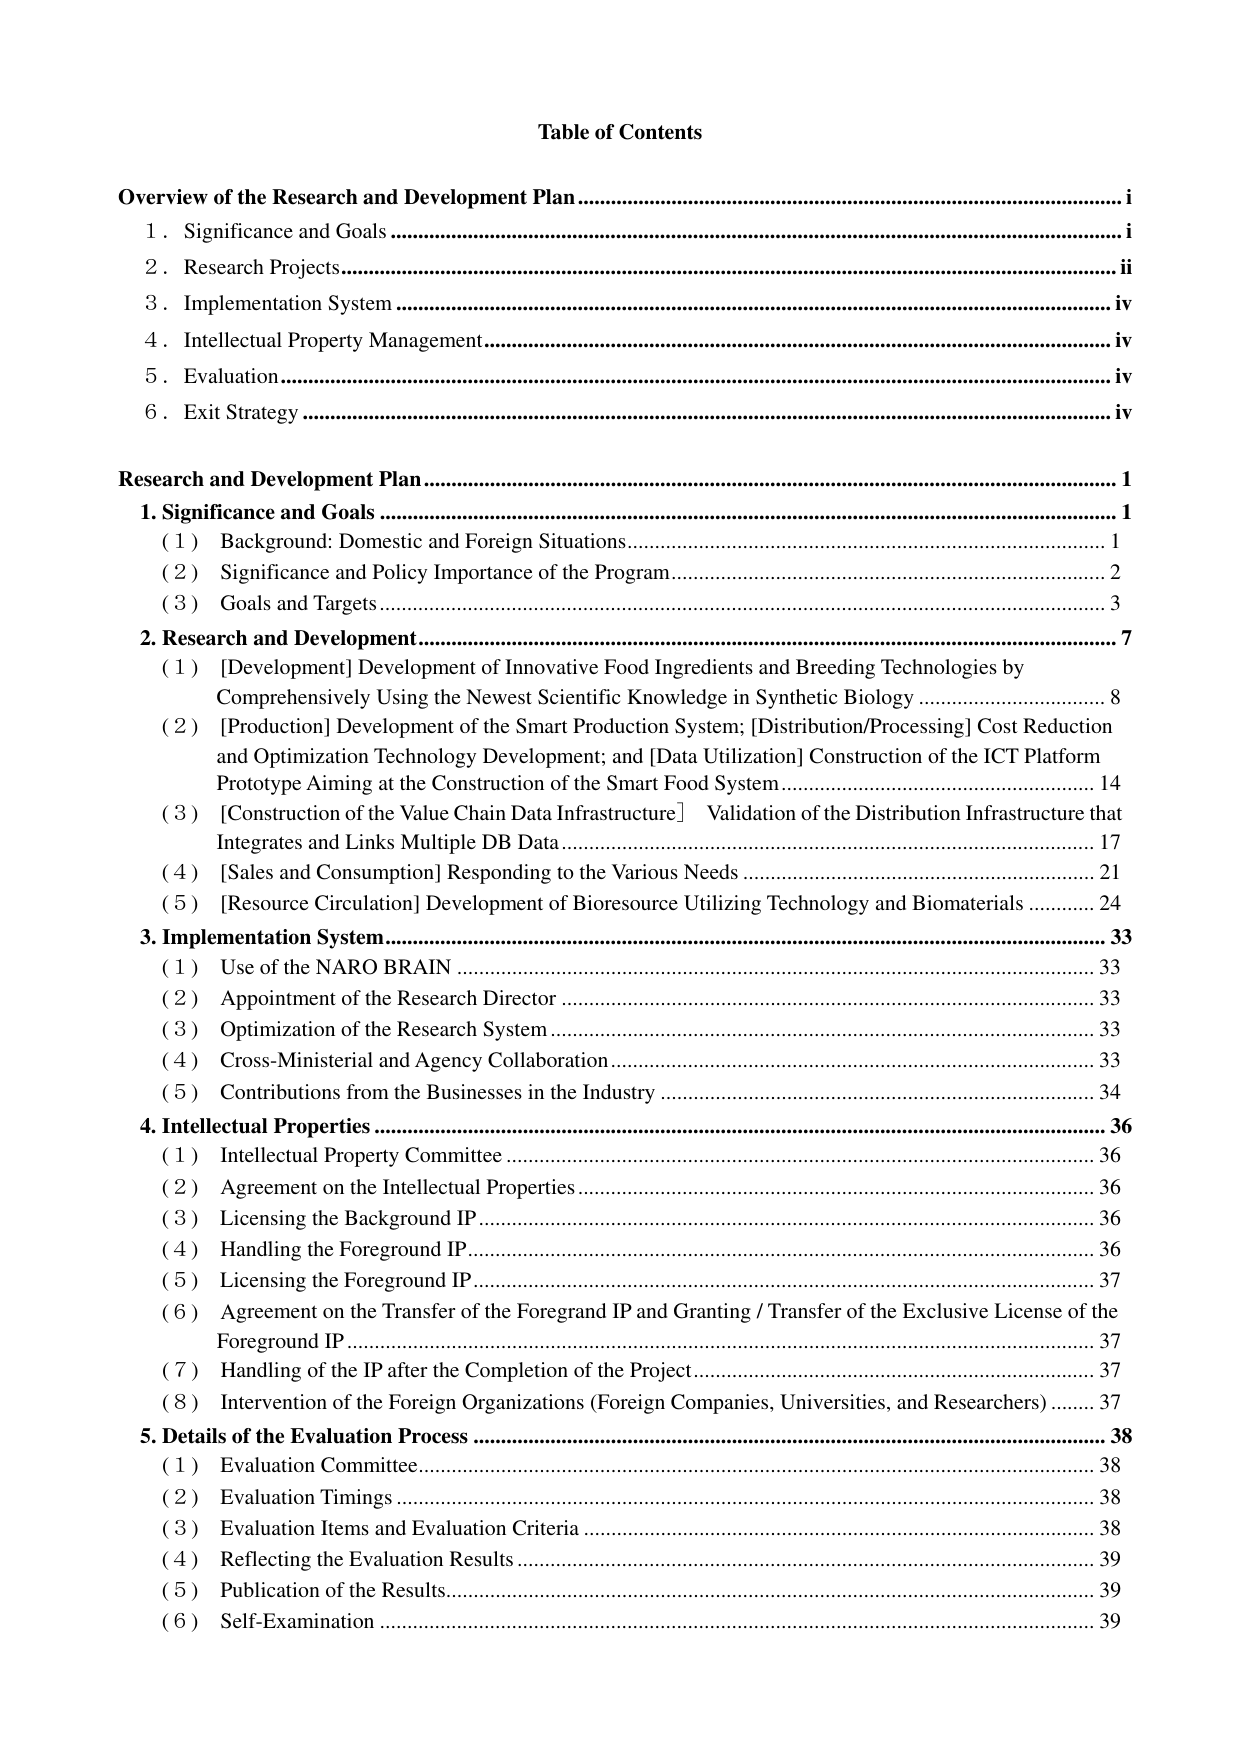
Table of Contents

Overview of the Research and Development Plan........................................................... i
1. Significance and Goals........................................................................................... i
2. Research Projects................................................................................................... ii
3. Implementation System........................................................................................... iv
4. Intellectual Property Management.......................................................................... iv
5. Evaluation............................................................................................................... iv
6. Exit Strategy........................................................................................................... iv

Research and Development Plan................................................................................ 1
1. Significance and Goals........................................................................................... 1
(1) Background: Domestic and Foreign Situations................................................... 1
(2) Significance and Policy Importance of the Program.......................................... 2
(3) Goals and Targets.............................................................................................. 3
2. Research and Development................................................................................... 7
(1) [Development] Development of Innovative Food Ingredients and Breeding Technologies by
Comprehensively Using the Newest Scientific Knowledge in Synthetic Biology........ 8
(2) [Production] Development of the Smart Production System; [Distribution/Processing] Cost Reduction
and Optimization Technology Development; and [Data Utilization] Construction of the ICT Platform
Prototype Aiming at the Construction of the Smart Food System........................... 14
(3) [Construction of the Value Chain Data Infrastructure] Validation of the Distribution Infrastructure that
Integrates and Links Multiple DB Data................................................................... 17
(4) [Sales and Consumption] Responding to the Various Needs.............................. 21
(5) [Resource Circulation] Development of Bioresource Utilizing Technology and Biomaterials........ 24
3. Implementation System......................................................................................... 33
(1) Use of the NARO BRAIN.................................................................................. 33
(2) Appointment of the Research Director.............................................................. 33
(3) Optimization of the Research System................................................................. 33
(4) Cross-Ministerial and Agency Collaboration...................................................... 33
(5) Contributions from the Businesses in the Industry............................................. 34
4. Intellectual Properties........................................................................................... 36
(1) Intellectual Property Committee........................................................................ 36
(2) Agreement on the Intellectual Properties........................................................... 36
(3) Licensing the Background IP............................................................................. 36
(4) Handling the Foreground IP............................................................................... 36
(5) Licensing the Foreground IP............................................................................... 37
(6) Agreement on the Transfer of the Foregrand IP and Granting / Transfer of the Exclusive License of the
Foreground IP......................................................................................................... 37
(7) Handling of the IP after the Completion of the Project....................................... 37
(8) Intervention of the Foreign Organizations (Foreign Companies, Universities, and Researchers)...... 37
5. Details of the Evaluation Process.......................................................................... 38
(1) Evaluation Committee....................................................................................... 38
(2) Evaluation Timings........................................................................................... 38
(3) Evaluation Items and Evaluation Criteria.......................................................... 38
(4) Reflecting the Evaluation Results...................................................................... 39
(5) Publication of the Results.................................................................................. 39
(6) Self-Examination.............................................................................................. 39